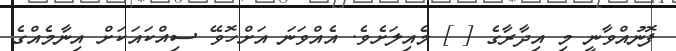
ފޮނުއްވާނީ މި އިދާރާގެ [ ] މެއިލަށެވެ. އެއްވަނަ އަށްހޮވޭ ސިއްކައަކަށް އިނާމެއްގެ